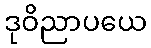
ဒုဝိညာပယေ